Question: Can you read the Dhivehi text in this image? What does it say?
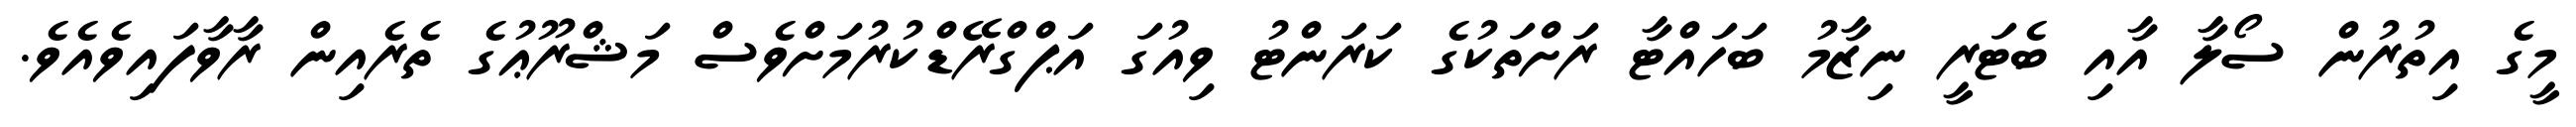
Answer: މީގެ އިތުރުން ސޯލާ އާއި ބެޓަރީ ނިޒާމު ބަހައްޓާ ރަށްތަކުގެ ކަރަންޓު ވިއުގަ އަޕްގްރޭޑްކުރުމަށްވެސް މަޝްރޫޢުގެ ތެރެއިން ރާވާފައިވެއެވެ.